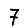
Digit: 7